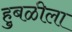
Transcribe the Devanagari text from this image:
हुबळीला